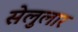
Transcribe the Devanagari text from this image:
सेलुलार